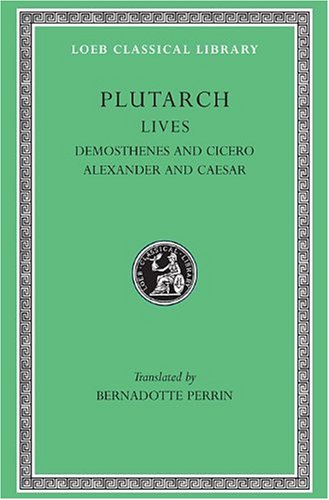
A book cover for Plutarch Lives, VII, Demosthenes and Cicero. Alexander and Caesar (Loeb Classical Library) (Volume VII); Plutarch; Biographies & Memoirs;